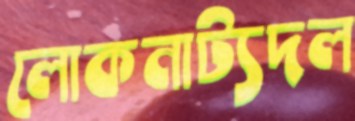
লোকনাট্যদল